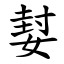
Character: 㜂